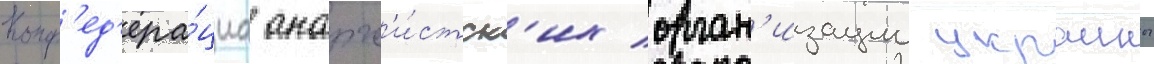
Конф'ед'ера́циа анарх'и́стск'их орган'изации украины